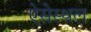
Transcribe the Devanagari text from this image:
ऐसेस्थल